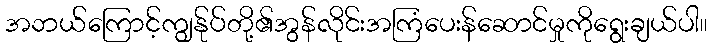
အဘယ်ကြောင့်ကျွန်ုပ်တို့၏အွန်လိုင်းအကြံပေးန်ဆောင်မှုကိုရွေးချယ်ပါ။